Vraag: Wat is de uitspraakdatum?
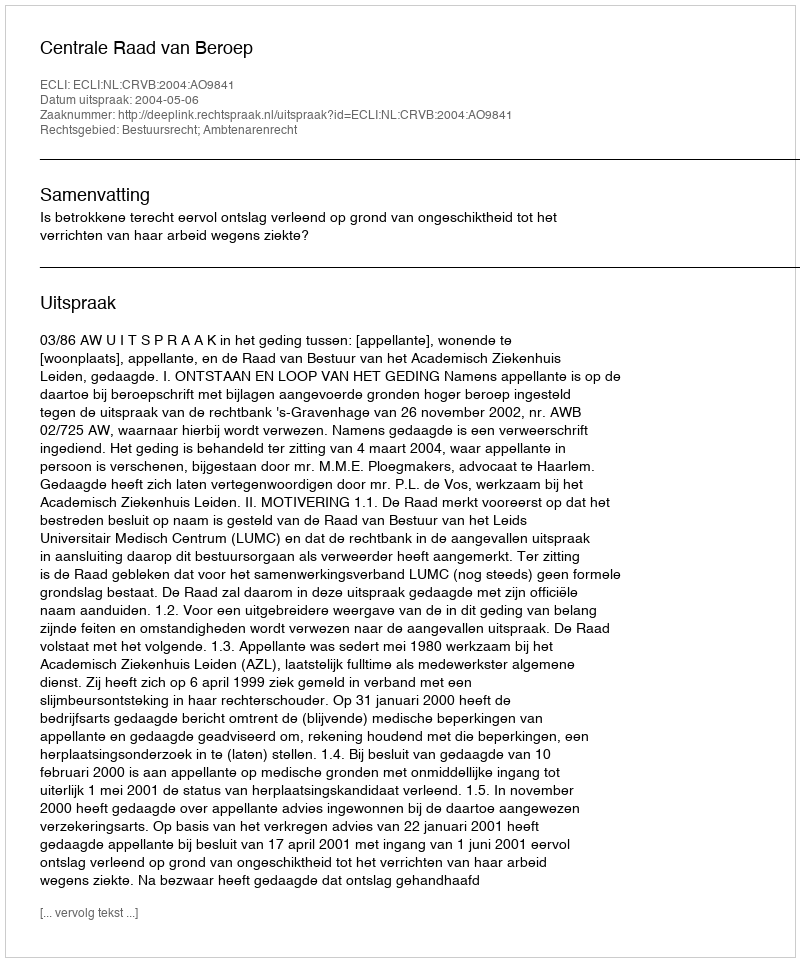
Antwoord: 2004-05-06